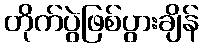
တိုက်ပွဲဖြစ်ပွားချိန်